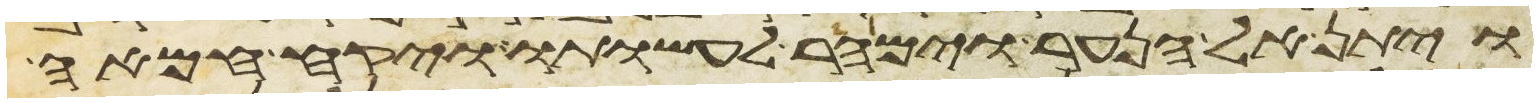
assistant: ויתן אל הנער וימהר לעשותו ויקח חמאה